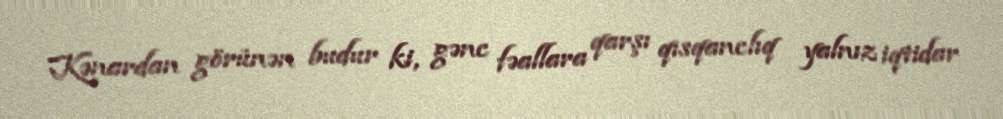
Kənardan görünən budur ki, gənc fəallara qarşı qısqanclıq yalnız iqtidar